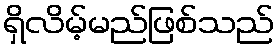
ရှိလိမ့်မည်ဖြစ်သည်